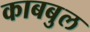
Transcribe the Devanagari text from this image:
काबबुल